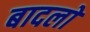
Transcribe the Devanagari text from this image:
बादलाें